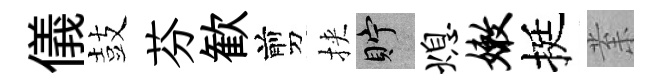
儀鼓芬歓剪挾貯熄嫩挺𭪙